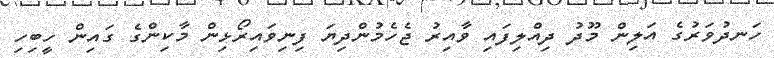
ހަނދުވަރުގެ އަލިން މޫދު ދިއްލިފައި ވާއިރު ޖެހެމުންދިޔަ ފިނިވައިރޯޅިން މާކިންގެ ގައިން ހީބިހި